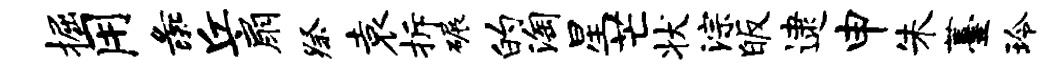
掘用彘丘扇祭袁拆碾的淘星芒状淙皈逮申朱薹玲